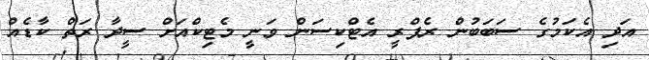
އަދި އެކަމުގެ ސަބަބުން ރެފްރީ އެޓްކިސަން ވަނީ މެޓިކްއަށް ސީދާ ރަތް ކާޑެއް